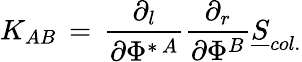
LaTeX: K_{AB}\, =\, {\frac{\partial_{l}}{\partial\Phi^{\ast\, A}}}{\frac{\partial_{r}}{\partial\Phi^{B}}}{\underline{{S}}}_{col.}